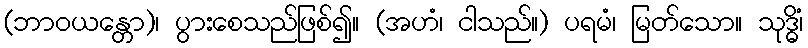
(ဘာဝယန္တော)၊ ပွားစေသည်ဖြစ်၍။ (အဟံ၊ ငါသည်။) ပရမံ၊ မြတ်သော။ သုဒ္ဓိံ၊